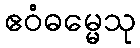
ဧဝံဓမ္မေသု